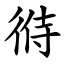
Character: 㣥